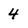
Character: 4